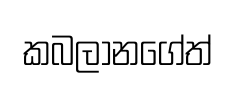
කබලානගේත්